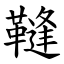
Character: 䩼